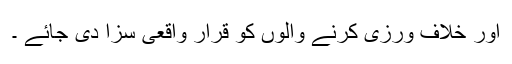
اور خلاف ورزی کرنے والوں کو قرار واقعی سزا دی جائے ۔